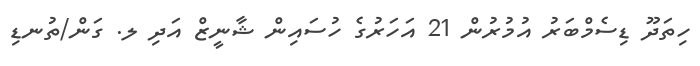
ހިތަދޫ ޑިސެމްބަރު އުމުރުން 21 އަހަރުގެ ހުސައިން ޝާނީޒް އަދި ލ. ގަން/ތުނޑި